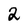
Character: 2